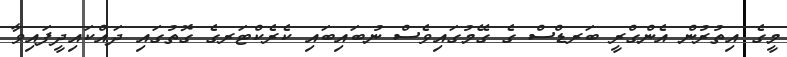
މީގެ އިތުރުން އެންގްރީ ބަރޑްސް ގެ ގޭމުގައިވެސް ނުބައިބައި ކެރެކްޓަރގެ ގޮތުގައި ދައްކައިދީފައިވާ